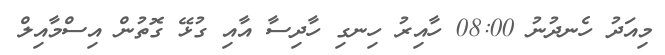
މިއަދު ހެނދުނު 08:00 ހާއިރު ހިނގި ހާދިސާ އާއި ގުޅޭ ގޮތުން އިސްމާއިލް